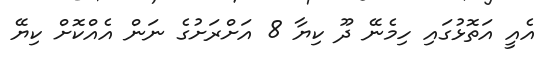
އެއީ އަތޮޅުގައި ހިމެނޭ ދޫ ކިޔާ 8 އަށްރަށުގެ ނަން އެއްކޮށް ކިޔޭ